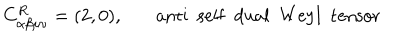
C _ { \alpha \beta \mu \nu } ^ { R } = ( 2 , 0 ) , ~ \mathrm { a n t i ~ ~ s e l f ~ ~ d u a l ~ ~ W e y l ~ ~ t e n s o r }